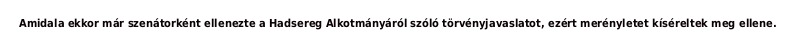
Amidala ekkor már szenátorként ellenezte a Hadsereg Alkotmányáról szóló törvényjavaslatot, ezért merényletet kíséreltek meg ellene.